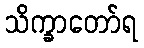
သိက္ခာတော်ရ